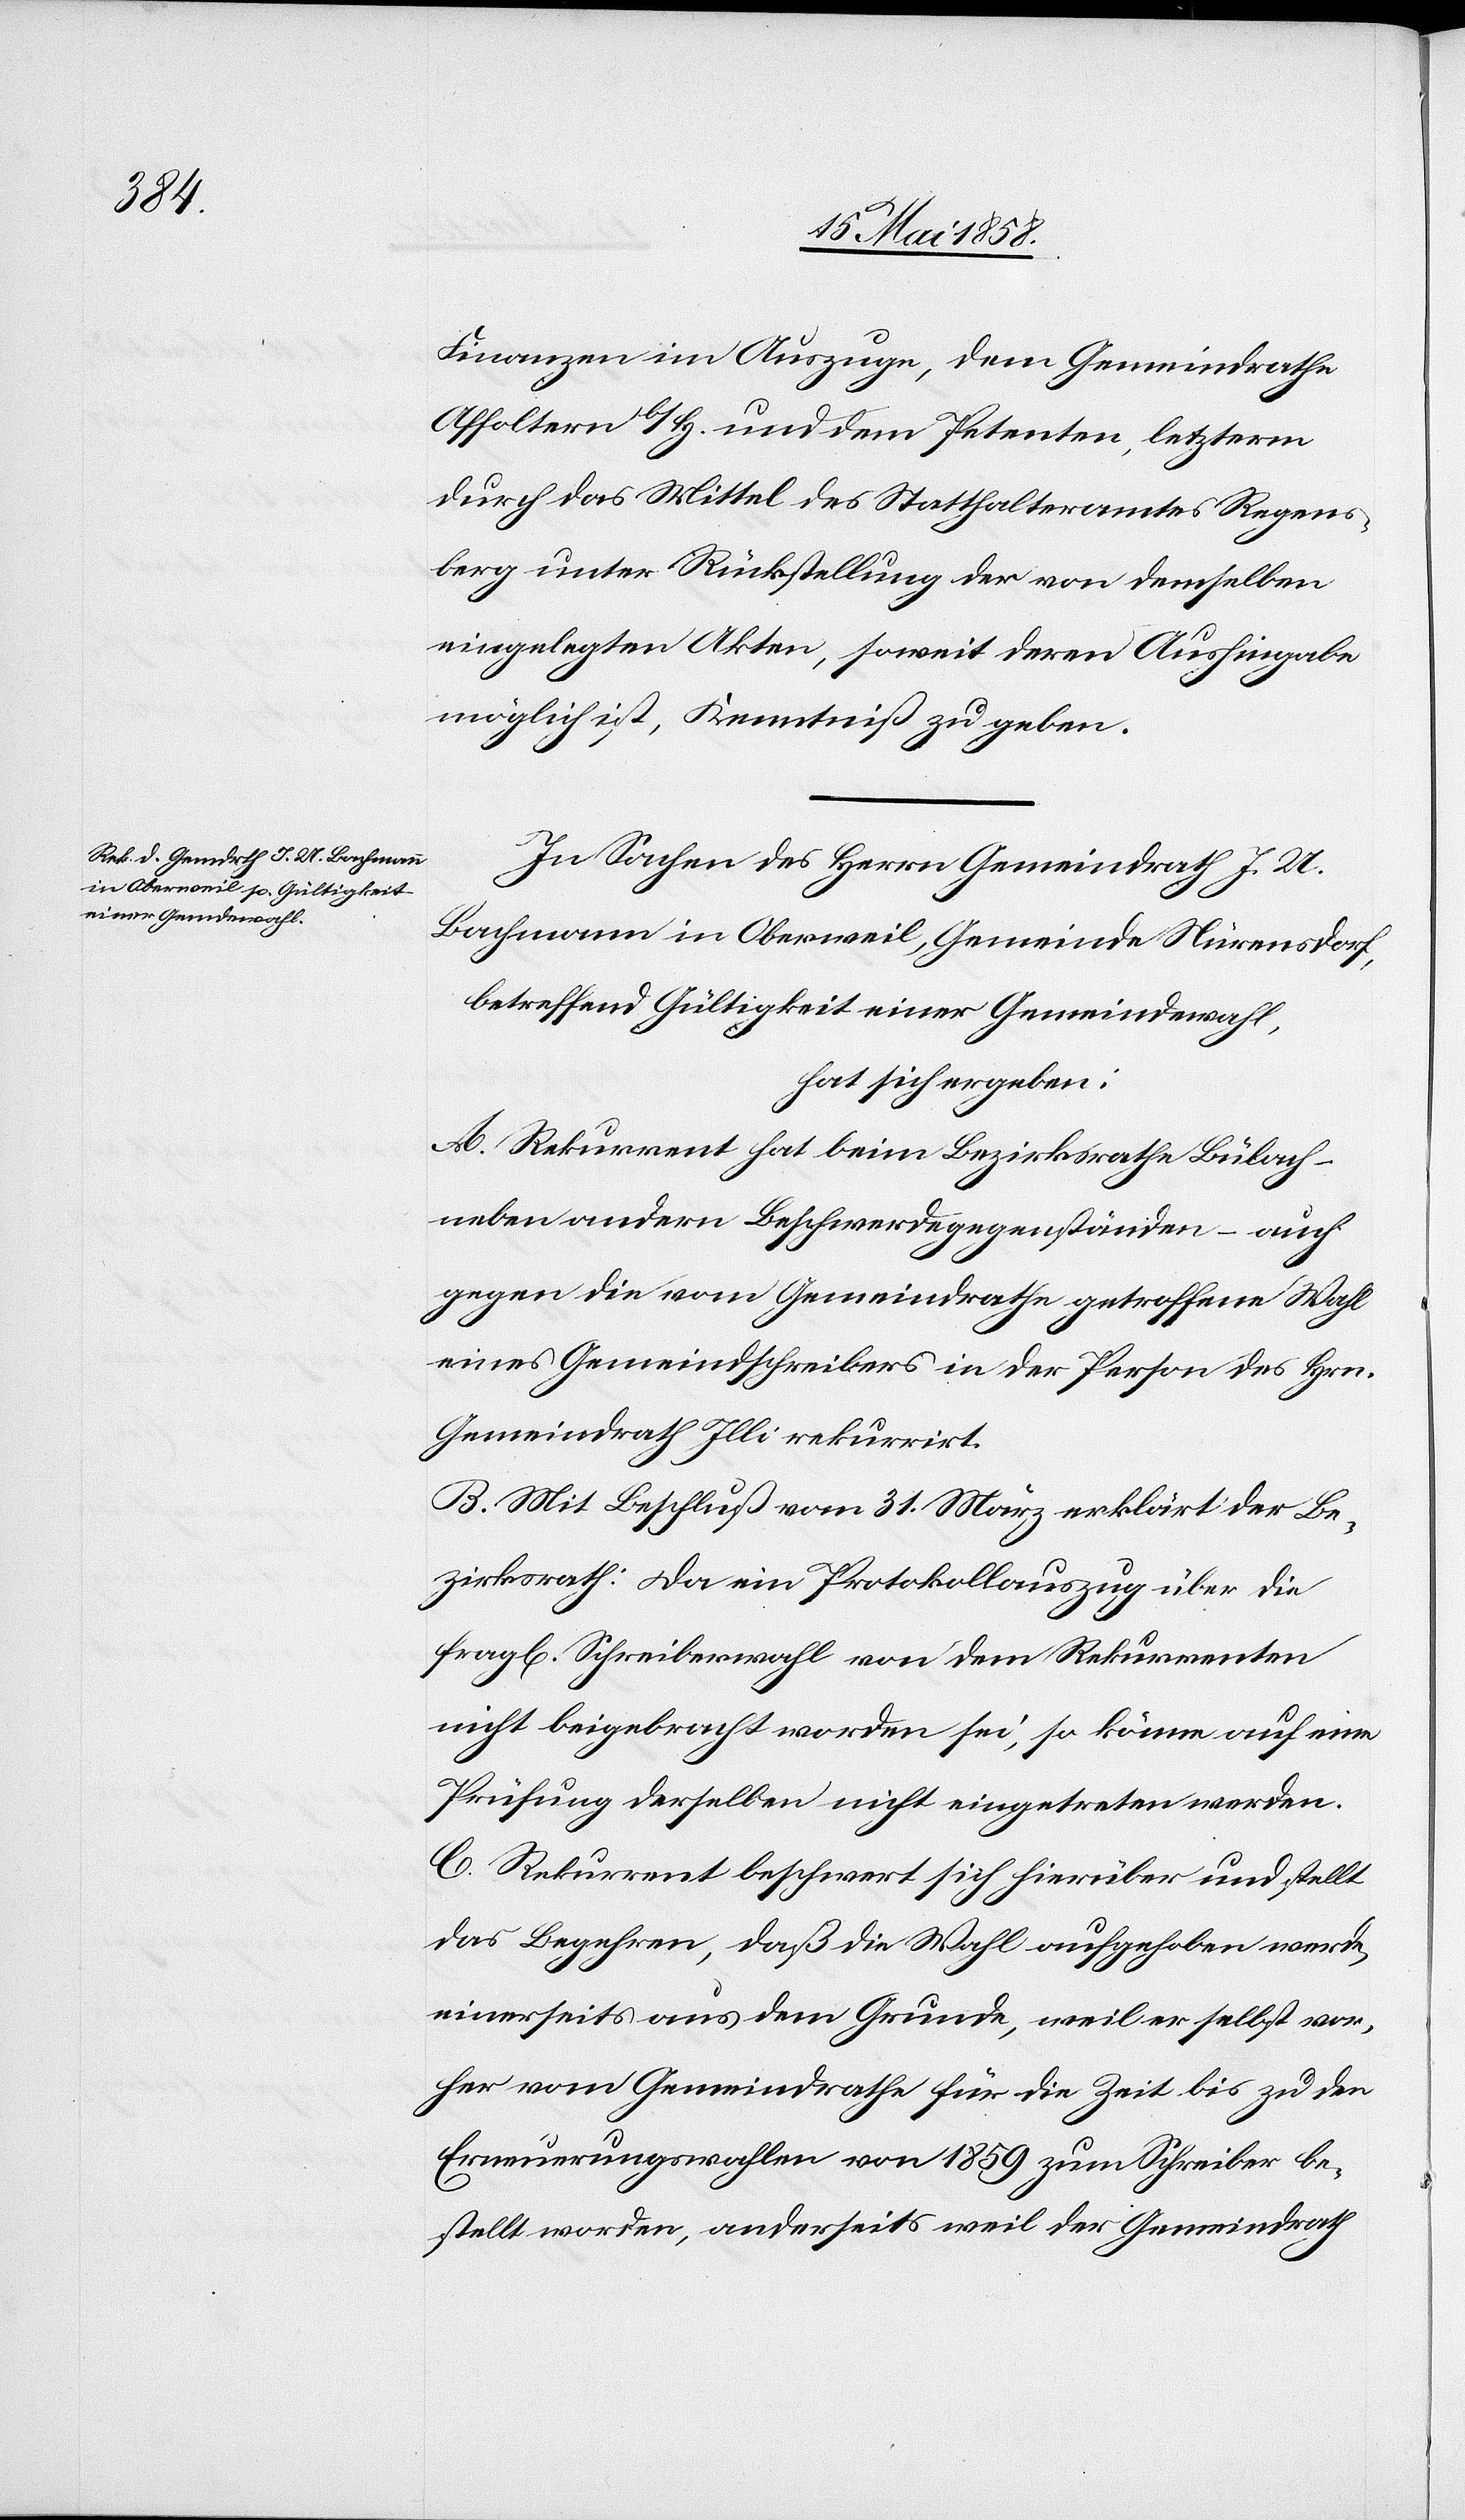
Finanzen im Auszuge, dem Gemeindrathe
Affoltern b/H. und dem Petenten, letzterm
durch das Mittel des Statthalteramtes Regens¬
berg unter Rückstellung der von demselben
eingelegten Akten, soweit deren Aushingabe
möglich ist, Kenntniß zu geben.
In Sachen des Herrn Gemeindrath J. U.
Bachmann in Oberweil, Gemeinde Nürensdorf,
betreffend Gültigkeit einer Gemeindwahl,
hat sich ergeben:
A. Rekurrent hat beim Bezirksrathe Bülach –
neben andern Beschwerdegegenständen – auch
gegen die vom Gemeindrathe getroffene Wahl
eines Gemeindschreibers in der Person des Hrn.
Gemeindrath Illi rekurrirt.
B. Mit Beschluß von 31. März erklärt der Be¬
zirksrath: Da ein Protokollsauszug über die
frag[liche] Schreiberwahl von dem Rekurrenten
nicht beigebracht worden sei, so könne auf eine
Prüfung derselben nicht eingetreten werden.
C. Rekurrent beschwert sich hierüber und stellt
das Begehren, daß die Wahl aufgehoben werde,
einerseits aus dem Grunde, weil er selbst vor¬
her vom Gemeindrathe für die Zeit bis zu den
Erneuerungswahlen von 1859 zum Schreiber be¬
stellt worden, anderseits weil der Gemeindrath